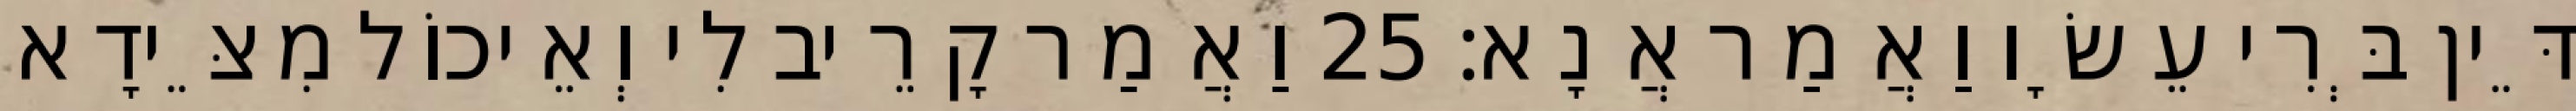
דֵּין בְּרִי עֵשָׂו וַאֲמַר אֲנָא׃ 25 וַאֲמַר קָרֵיב לִי וְאֵיכוֹל מִצֵּידָא